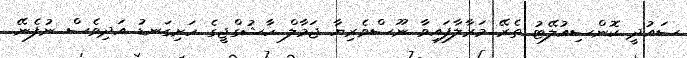
ސައުދީ ކޮންސިއުލޭޓު ތެރޭ މަރާލާފައިވާ ނޫސްވެރިޔާ ޖަމާލް ހާޝުގްޖީގެ ހަށިގަނޑު އަދިވެސް ނުފެނޭ